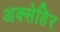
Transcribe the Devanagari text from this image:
अक्सेहिर